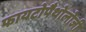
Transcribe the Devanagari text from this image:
फायटोपैथोलोजी